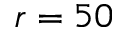
r = 5 0